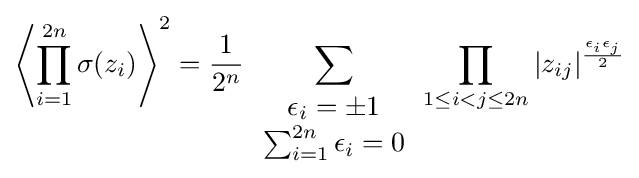
\left\langle \prod _{i=1}^{2n}\sigma (z_{i})\right\rangle ^{2}={\frac {1}{2^{n}}}\sum _{\begin{array}{c}\epsilon _{i}=\pm 1\\\sum _{i=1}^{2n}\epsilon _{i}=0\end{array}}\prod _{1\leq i<j\leq 2n}|z_{ij}|^{\frac {\epsilon _{i}\epsilon _{j}}{2}}